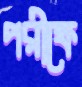
পরীক্ষে